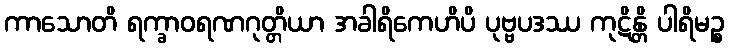
ကာသောတိ ရက္ခာဝရဏဂုတ္တိယာ အခါရိကေဟိပိ ပုဗ္ဗပဒဿ ကုဋိန္တိ ပါရိမဉ္စ